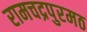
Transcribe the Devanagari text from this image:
रामचद्रपुरमठ